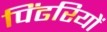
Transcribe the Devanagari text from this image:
पिंढरियों